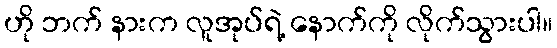
ဟို ဘက် နားက လူအုပ်ရဲ့ နောက်ကို လိုက်သွားပါ။